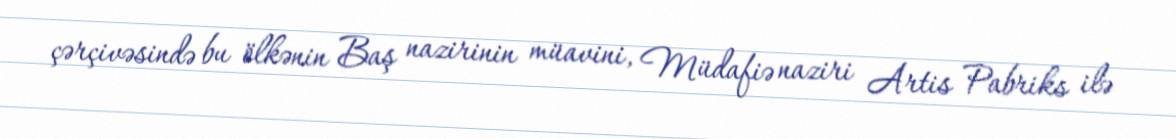
çərçivəsində bu ölkənin Baş nazirinin müavini, Müdafiə naziri Artis Pabriks ilə